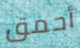
أحمق